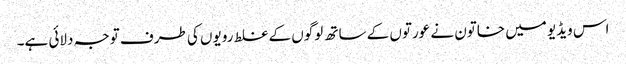
اس ویڈیو میں خاتون نے عورتوں کے ساتھ لوگوں کے غلط رویوں کی طرف توجہ دلائی ہے۔